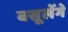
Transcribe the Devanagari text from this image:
वसूलेंगे